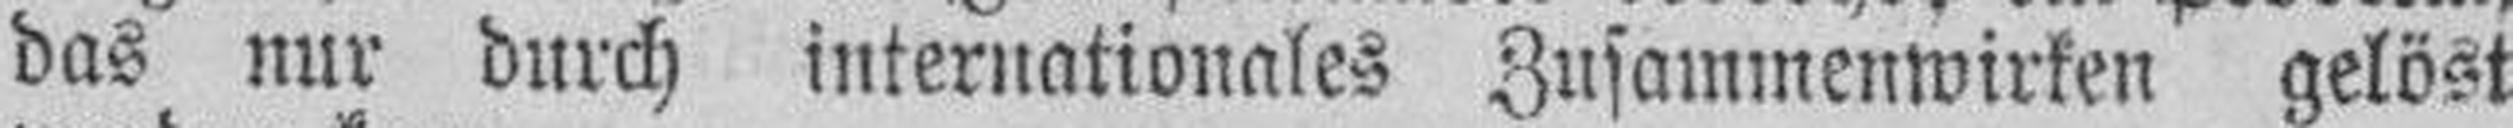
das nur durch internationales Zusammenwirken gelöst